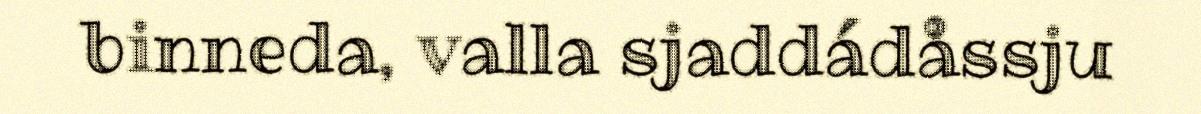
binneda, valla sjaddádåssju